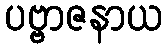
ပဗ္ဗာဇနာယ